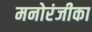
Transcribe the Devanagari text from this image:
मनोरंजीका